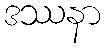
ဒဿနာ